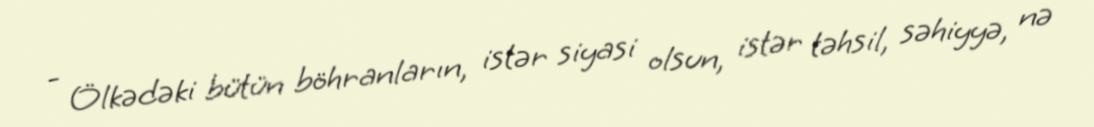
- Ölkədəki bütün böhranların, istər siyasi olsun, istər təhsil, səhiyyə, nə